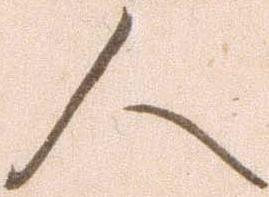
人